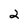
Character: 2